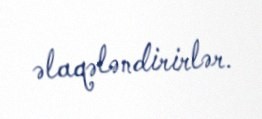
əlaqələndirirlər.